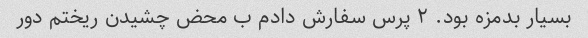
بسیار بدمزه بود. ۲ پرس سفارش دادم ب محض چشیدن ریختم دور